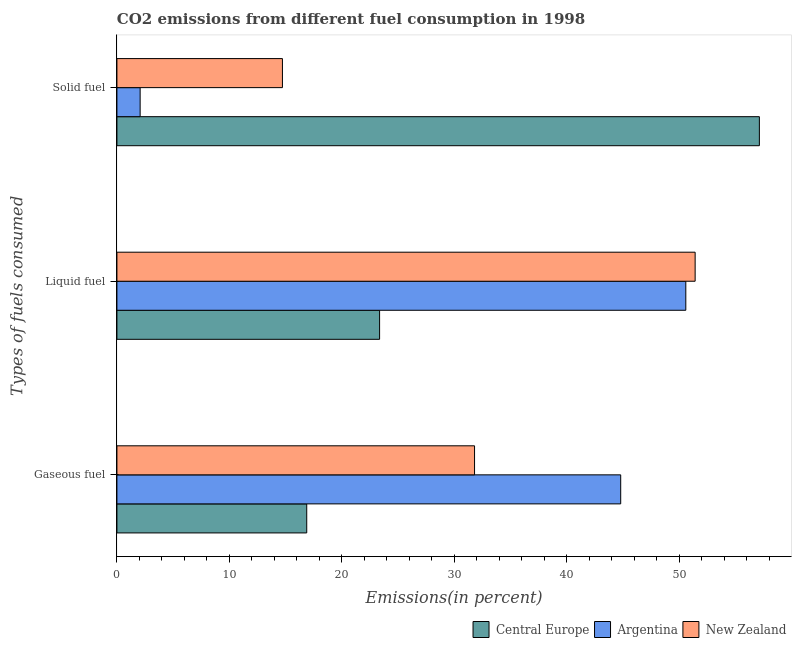
| Types of fuels consumed | Central Europe | Argentina | New Zealand |
 | --- | --- | --- | --- |
 | Gaseous fuel | 16.9 | 44.8 | 31.8 |
 | Liquid fuel | 23.4 | 50.6 | 51.4 |
 | Solid fuel | 57.1 | 2.06 | 14.7 |